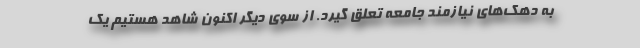
به دهک‌های نیازمند جامعه تعلق گیرد. از سوی دیگر اکنون شاهد هستیم یک